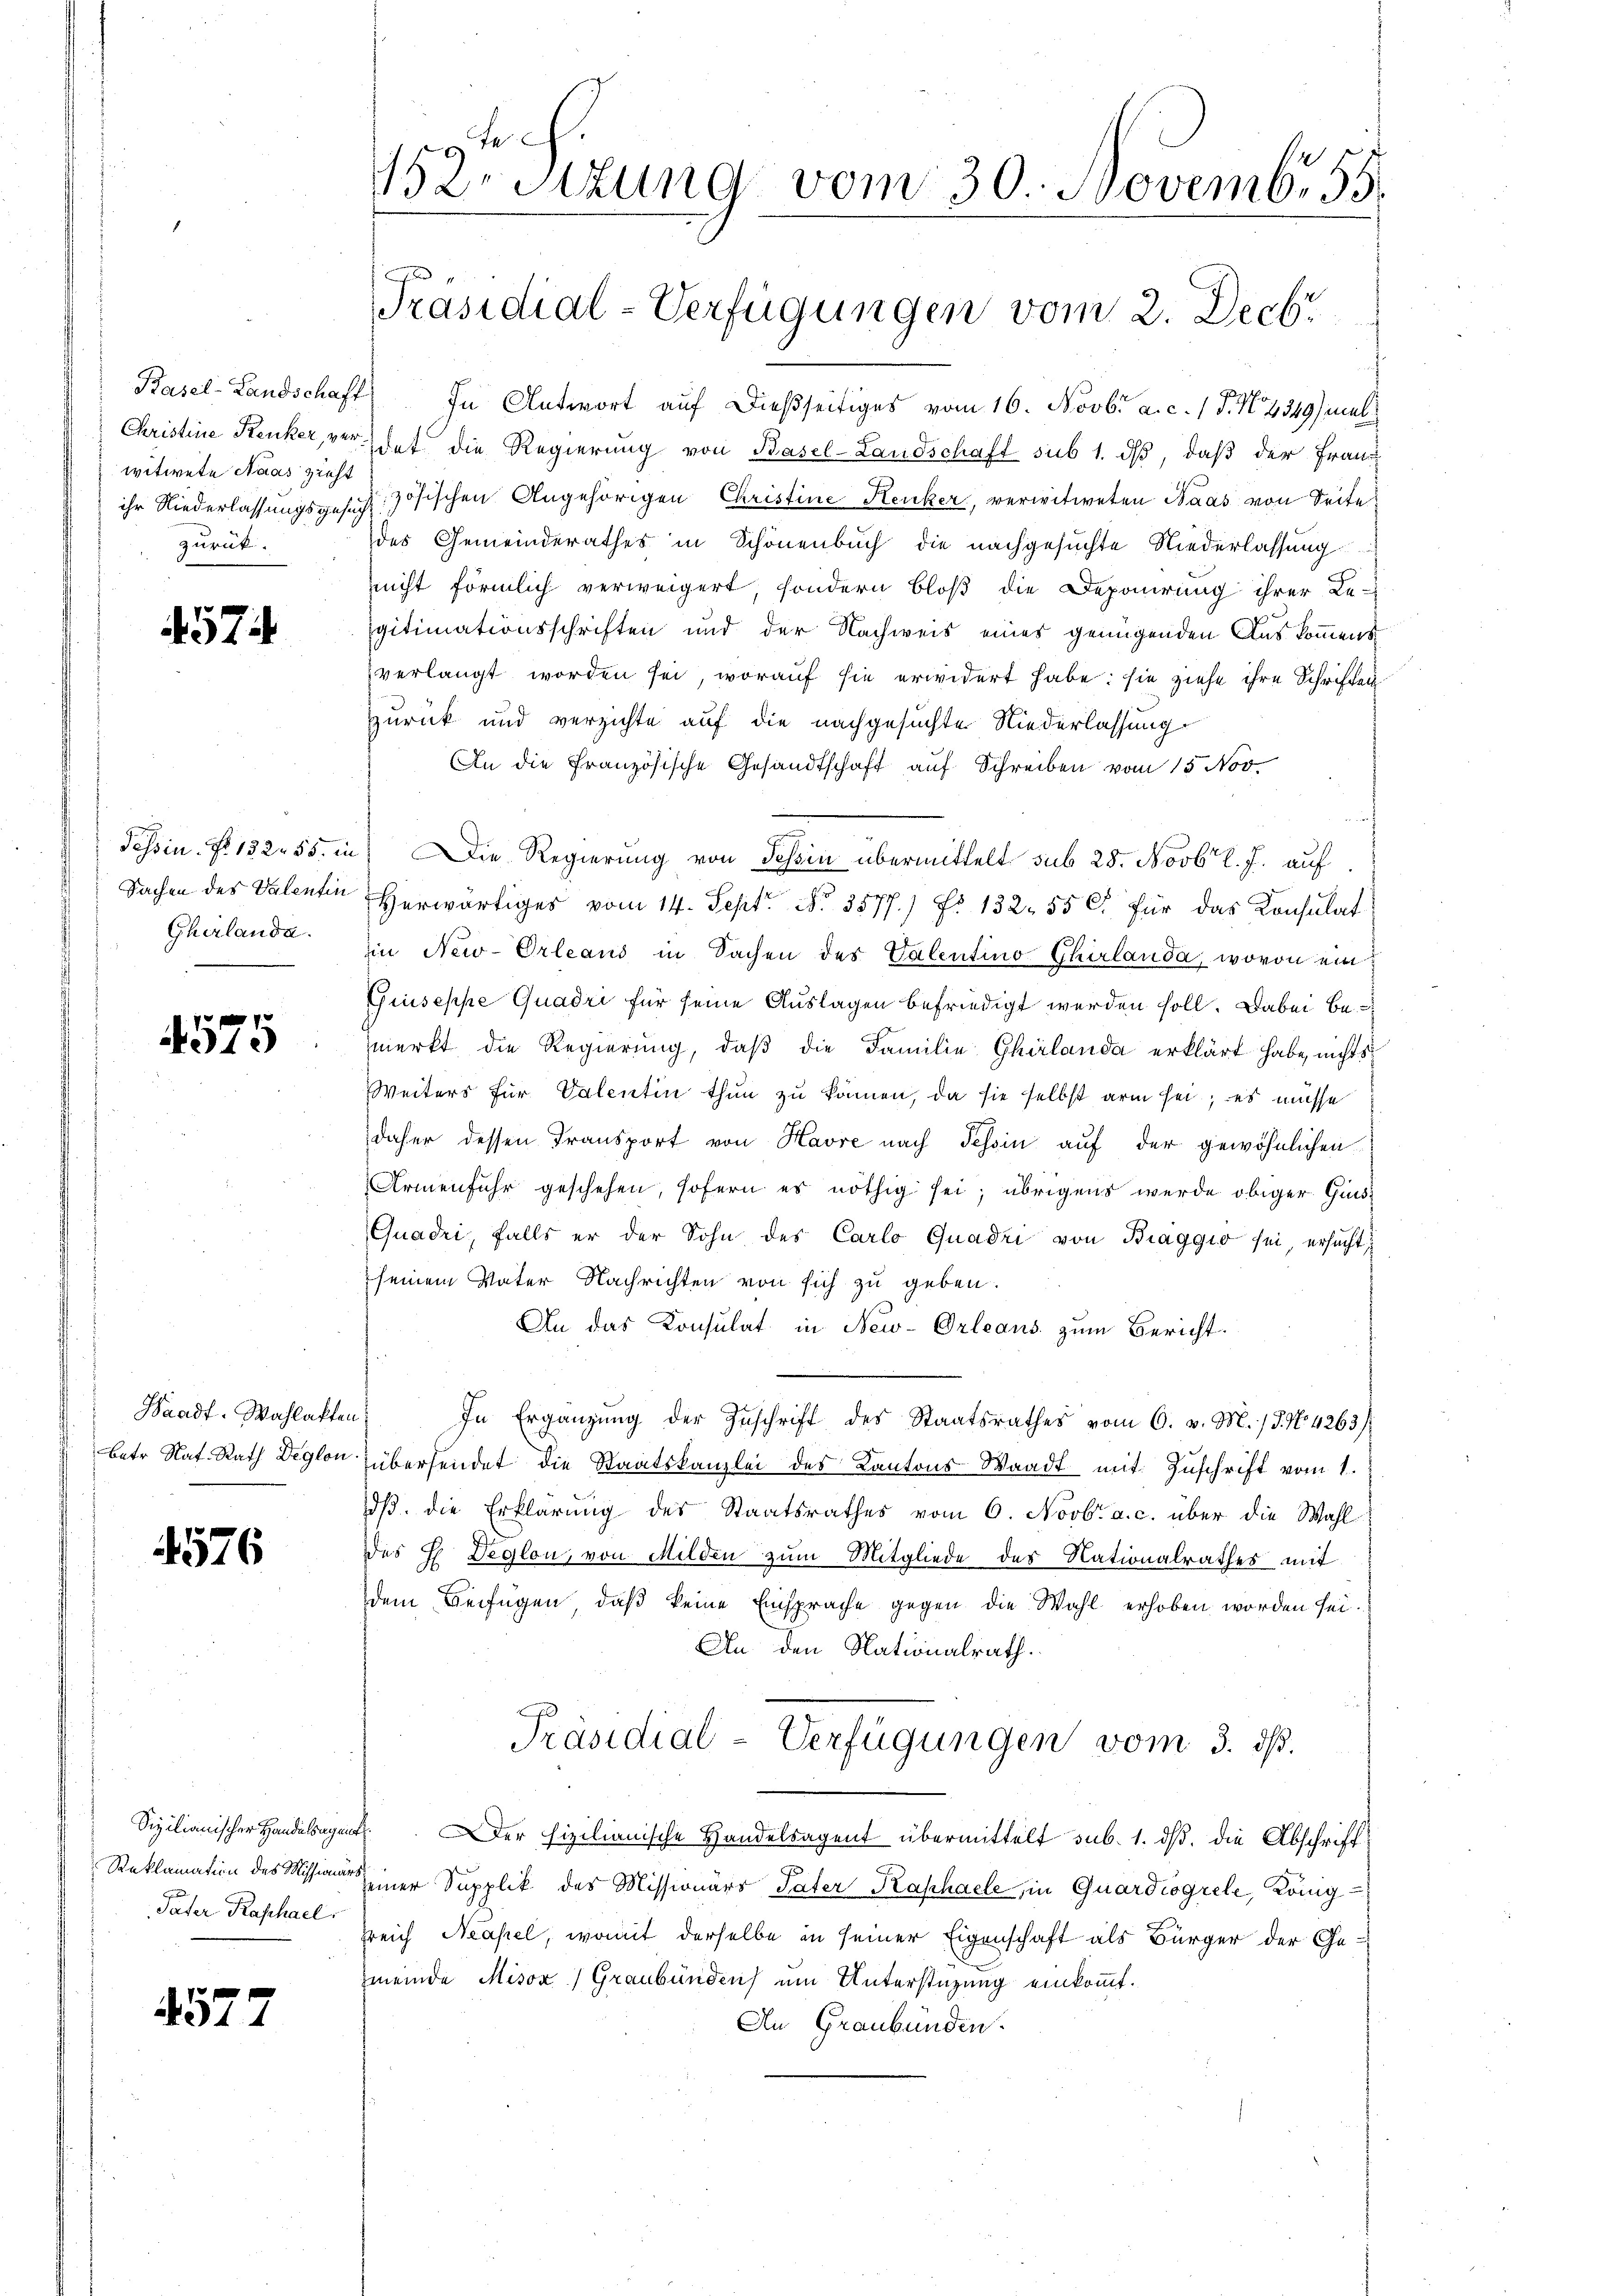
Christine Renker, verwitwete Haas zieht
zurück.

4574

Tessin. No 132. 55. in
Sachen des Valentin
Gherlanda.

4575

Saadf. Wahlakten
betr. Nat. Rath Deglon.

4576

Pater Raphael:

4577

F
452. Sitzung vom 30. Novemb. 55.

Präsidial-Verfügungen vom 2. Decbr

.
Basel-Landschaft) In Antwort auf dießseitiges vom 16. Novbr. a. c. 1 S. N. 4349) mal
det die Regierung von Basel-Landschaft sub 1. ds, daß der Franz
ihr Niederlassungsgesetz zösischen Angehörigen Christine Kenker, verwitweten Haas von Seite
des Gemeinderathes in Schönenbuch die nachgesuchte Niederlassung
nicht förmlich verweigert, sondern bloß die Deponirung ihrer Le-
gitimationsschriften und der Nachweis eines genügenden Auskommens
verlangt worden sei, worauf sie erwidert habe: sie ziehe ihre Schriften
zurück und verzichte auf die nachgesuchte Niederlassung
An die Französische Gesandtschaft auf Schreiben vom 15. Nov.
d
 Die Regierung von Tessin übermittelt sub 28. Novbr. l. J. auf
Herwärtiges vom 14. Sept No. 3577.) No 132. 550. für das Konsulat
in New-Orleand in Sachen des Valentino Chirlanda, wovon ein
Giuseppe Quadri für seine Auslagen befriedigt werden soll. Dabei bemerkt die Regierung, daβ die Familie Ghilanda erklärt habe, nichts
Weiters für Valentin thun zu können, da sie selbst arm sei; es müsse
daher dessen Transport von Havre nach Tessin auf der gewöhnlichen
Armenfuhr geschehen, sofern es nöthig sei; übrigens werde obiger Guis¬
Quadri, falls er der Sohn des Carlo Quadri von Biaggio sei, ersucht,
seinem Vater Nachrichten von sich zu geben.
An das Konsulat in New-Orleaus zum Bericht.
In Ergänzung der Zuschrift des Staatsrathes vom 6. v. M. / 5. No. 4265/
übersendet die Staatskanzlei des Kantons Waadt mit Zuschrift vom 1.
dß. die Erklärung des Staatsrathes vom 6. Novbr. a. c. über die Wahl
Des H Deglon, von Milden zum Mitgliede des Nationalrathes mit
dem Beifügen, daß keine Einsprache gegen die Wahl erhoben worden sei.
An den Nationalrath.
Präsidial-Verfügungen vom 3. ds.
Sizilianischer Handelegens er fixilianische Handelsagent übermittelt sub. 1. ds. die Abschrift¬
Reklamation des Mission einer Supplik des Missionärs Vater Raphaele, in Quardiogrele, König
sreich Neapel, womit derselbe in seiner Eigenschaft als Bürger der Gemeinde Misox) Graubünden um Unterstützung einkommt.
An Graubünden.